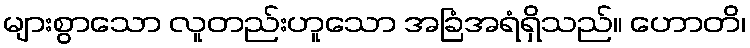
များစွာသော လူတည်းဟူသော အခြံအရံရှိသည်။ ဟောတိ၊